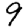
Digit: 9